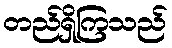
တည်ရှိကြသည်